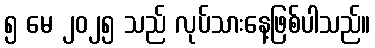
၅ မေ ၂၀၂၅ သည် လုပ်သားနေ့ဖြစ်ပါသည်။